Tezpur Lunatic Asylum reports 1895-1904 - 1895-1904
Year: 1895
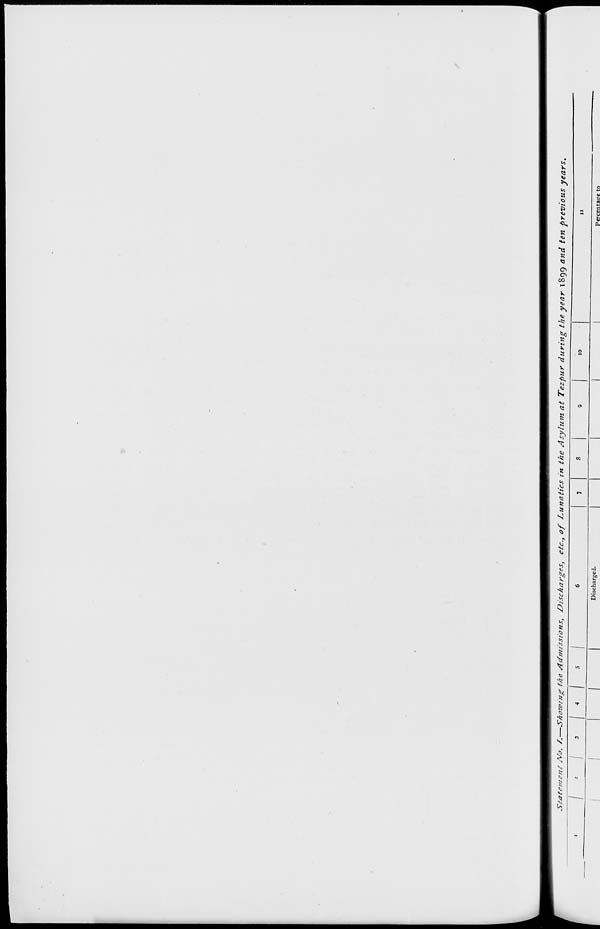
Statement Afo. /.—SAo7oing (fie Admissions, Discharges, etc., of Lunatics in the Asylum at Tezpur during the year I 899 and ten previous years.
Discharged.
Percentage to